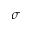
\boldsymbol { \sigma }